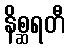
နိစ္ဆရတီ